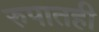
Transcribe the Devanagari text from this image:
रुपातही